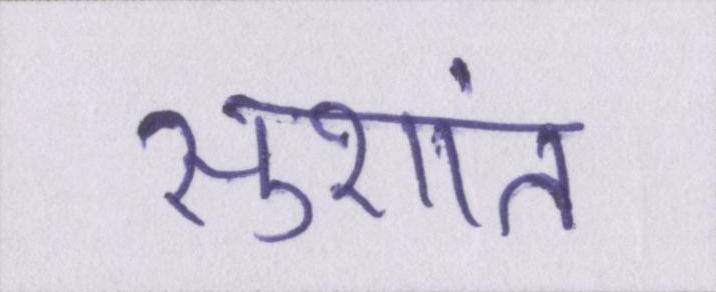
सुशांत